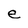
Character: e